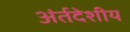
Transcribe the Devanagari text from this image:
अंर्तदेशीय